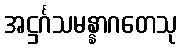
အဋ္ဌင်္ဂသမန္နာဂတေသု